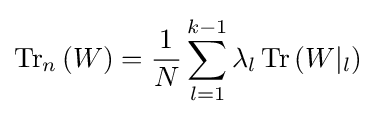
\operatorname {Tr} _{n}\left(W\right)={\frac {1}{N}}\sum _{l=1}^{k-1}\lambda _{l}\operatorname {Tr} \left(W|_{l}\right)